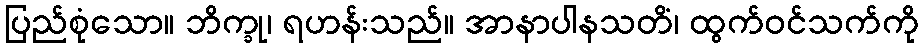
ပြည်စုံသော။ ဘိက္ခု၊ ရဟန်းသည်။ အာနာပါနသတိံ၊ ထွက်ဝင်သက်ကို